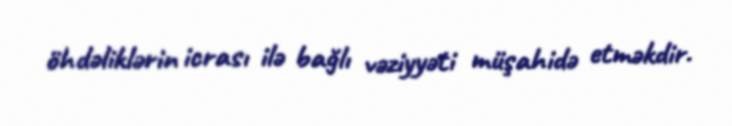
öhdəliklərin icrası ilə bağlı vəziyyəti müşahidə etməkdir.